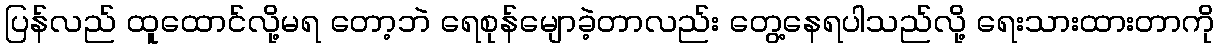
ပြန်လည် ထူထောင်လို့မရ တော့ဘဲ ရေစုန်မျောခဲ့တာလည်း တွေ့နေရပါသည်လို့ ရေးသားထားတာကို